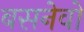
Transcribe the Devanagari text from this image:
बसनेवो